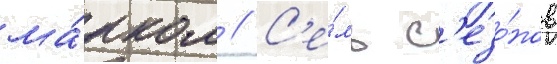
ма́рком // С'е́мь с'езо́нов